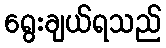
ရွေးချယ်ရသည်